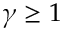
\gamma \geq 1